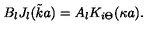
B _ { l } J _ { l } ( { \tilde { k } } a ) = A _ { l } K _ { i \Theta } ( \kappa a ) .